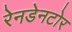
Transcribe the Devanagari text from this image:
रेनडेनटोर